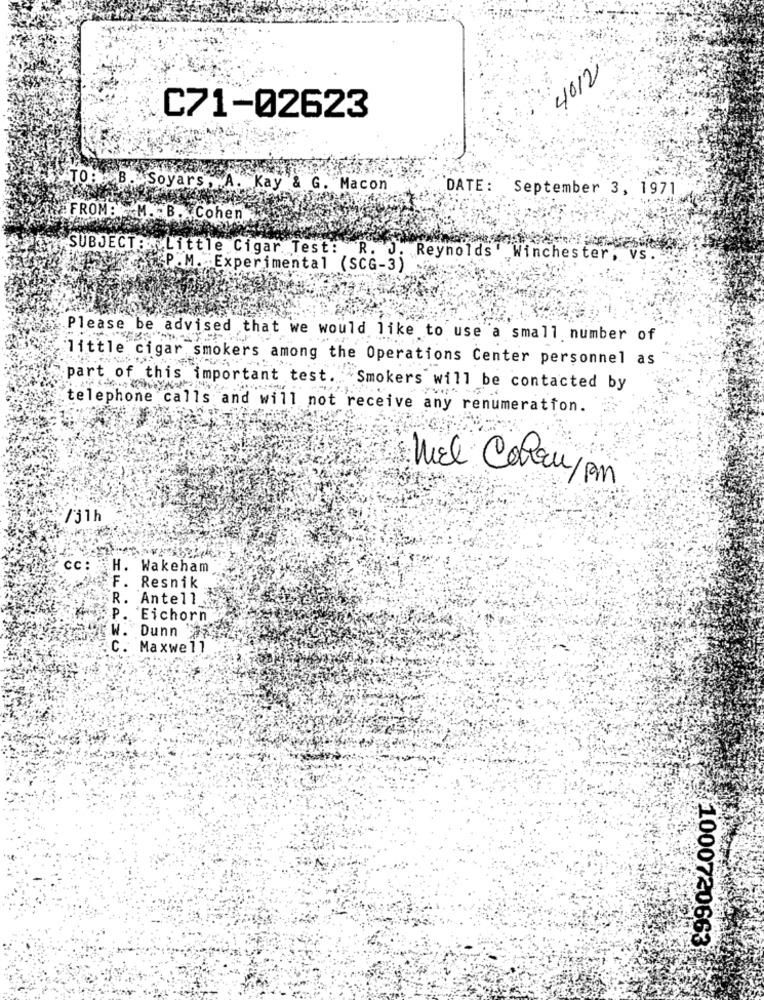
4012
C71-02623
TO: B. Soyars. A. Kay & G. Macon
DATE:
September 3, 1971
FROM:M. B. Cohen
SUBJECT: : Little Cigar. Test: R. J. Reynolds' Winchester, vs.
P.M. Experimental (SCG-3)
Please be advised that we would like to use a small number of
little cigar smokers among the Operations Center personnel as
part of this important test. Smokers will be contacted by
telephone calls and will not receive any renumeration.
Mel Cohru/pm
"/j1h
Cc :
H. Wakeham
F. Resnik
R. Antell
P. Eichorn
Dunn
C.
Maxwell
1000730663